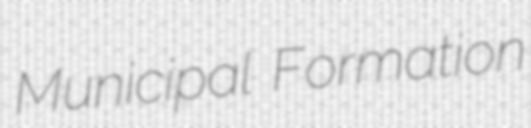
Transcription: Municipal Formation